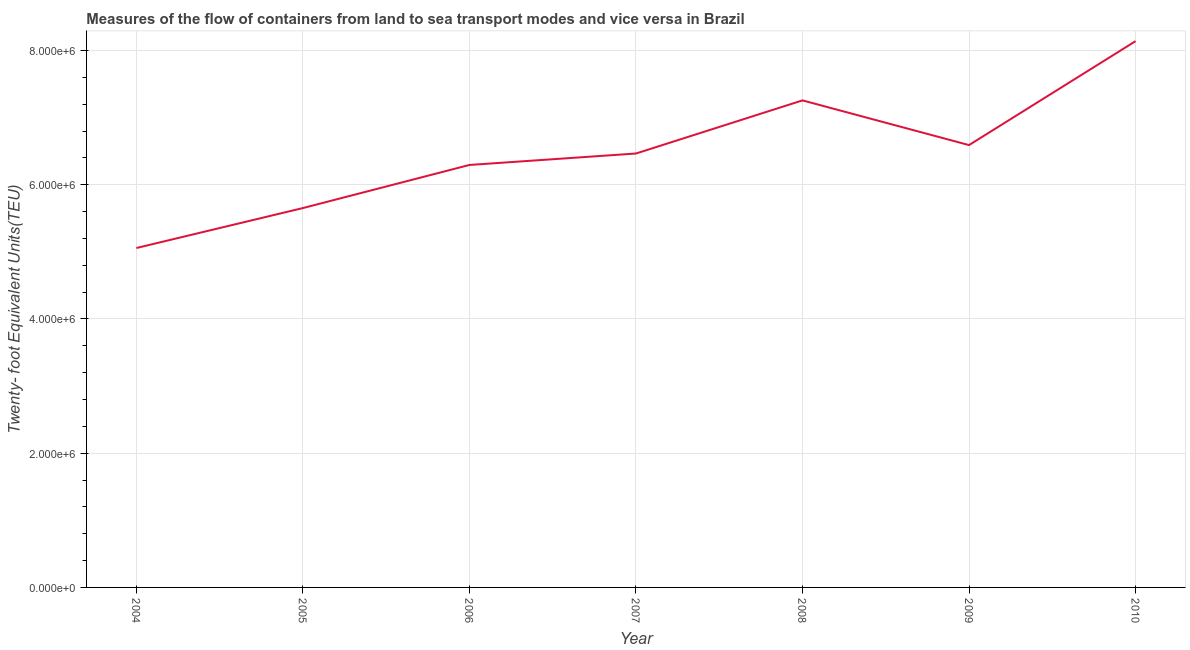
| Year | Container port traffic |
 | --- | --- |
 | 2004 | 5.06e+06 |
 | 2005 | 5.65e+06 |
 | 2006 | 6.29e+06 |
 | 2007 | 6.46e+06 |
 | 2008 | 7.26e+06 |
 | 2009 | 6.59e+06 |
 | 2010 | 8.14e+06 |